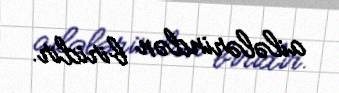
ailələrindən biridir.